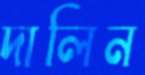
দালিন